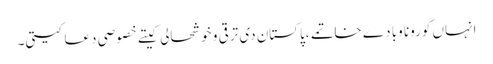
انہاں کورونا وبا دے خاتمے ،پاکستان دی ترقی و خوشحالی کیتے خصوصی دعا کیتی۔